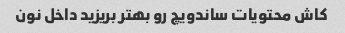
کاش محتویات ساندویچ رو بهتر بریزید داخل نون